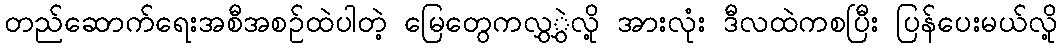
တည်ဆောက်ရေးအစီအစဉ်ထဲပါတဲ့ မြေတွေကလွှွှဲလို့ အားလုံး ဒီလထဲကစပြီး ပြန်ပေးမယ်လို့